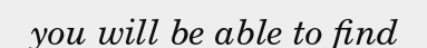
you will be able to find